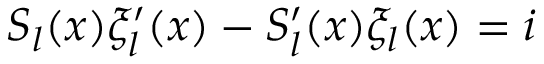
S _ { l } ( x ) \xi _ { l } ^ { \prime } ( x ) - S _ { l } ^ { \prime } ( x ) \xi _ { l } ( x ) = i